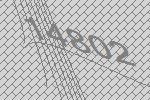
14802